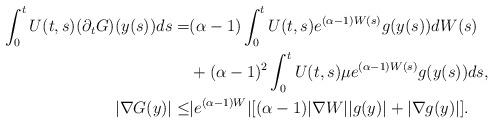
LaTeX: \begin{align*}\int_0^tU(t,s)(\partial_tG)(y(s))ds = & (\alpha-1)\int_0^tU(t,s)e^{(\alpha-1)W(s)}g(y(s))dW(s) \\& +(\alpha-1)^2\int_0^tU(t,s)\mu e^{(\alpha-1)W(s)}g(y(s))ds, \\|\nabla G(y)| \le & |e^{(\alpha-1)W}|[(\alpha-1)|\nabla W||g(y)|+|\nabla g(y)|].\end{align*}